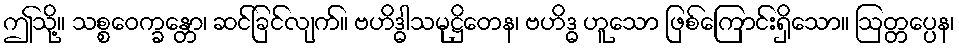
ဤသို့။ သစ္စဝေက္ခန္တော၊ ဆင်ခြင်လျက်။ ဗဟိဒ္ဓါသမုဋ္ဌိတေန၊ ဗဟိဒ္ဓ ဟူသော ဖြစ်ကြောင်းရှိသော။ ဩတ္တပ္ပေန၊